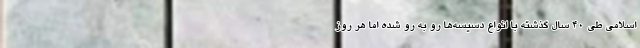
اسلامی طی ۴۰ سال گذشته با انواع دسیسه‌ها رو به رو شده اما هر روز